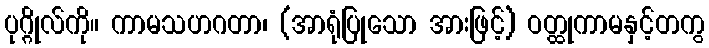
ပုဂ္ဂိုလ်ကို။ ကာမသဟဂတာ၊ (အာရုံပြုသော အားဖြင့်) ဝတ္ထုကာမနှင့်တကွ